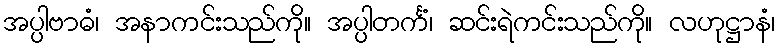
အပ္ပါဗာဓံ၊ အနာကင်းသည်ကို။ အပ္ပါတင်္ကံ၊ ဆင်းရဲကင်းသည်ကို။ လဟုဋ္ဌာနံ၊